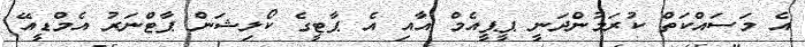
އެ މަސައްކަތް ކުރަމުންދަނީ ޕީޕީއެމް އާއި އެ ޕާޓީގެ ކޯލިޝަން ޕާޓްނަރު އެމްޑީއޭ